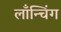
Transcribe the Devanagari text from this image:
लाँन्चिंग